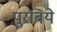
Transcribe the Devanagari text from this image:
पुरबिये